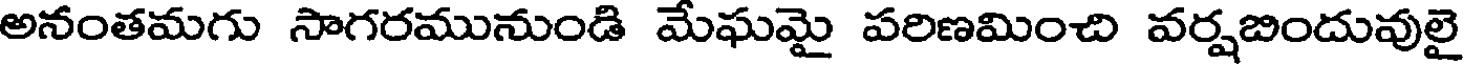
అనంతమగు సాగరమునుండి మేఘమై పరిణమించి వర్షబిందువులై